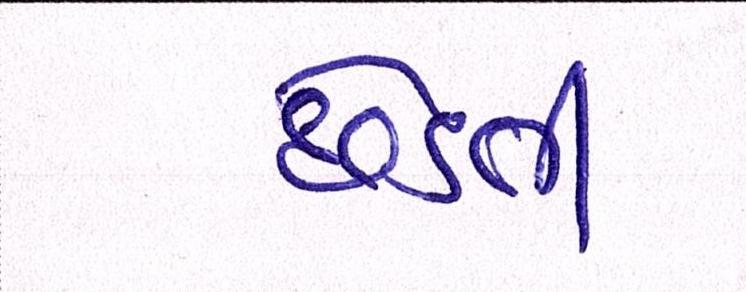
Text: છેડતી